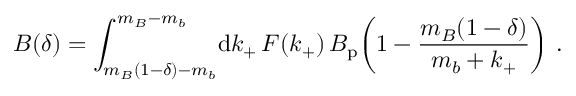
B ( \delta ) = \int _ { m _ { B } ( 1 - \delta ) - m _ { b } } ^ { m _ { B } - m _ { b } } \! \mathrm { d } k _ { + } \, F ( k _ { + } ) \, B _ { \mathrm { p } } \! \left( 1 - \frac { m _ { B } ( 1 - \delta ) } { m _ { b } + k _ { + } } \right) \, .